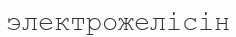
электрожелісін